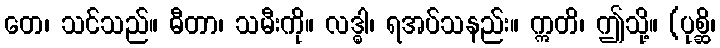
တေ၊ သင်သည်။ ဓီတာ၊ သမီးကို။ လဒ္ဓါ၊ ရအပ်သနည်း။ ဣတိ၊ ဤသို့။ (ပုစ္ဆိ၊